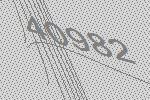
40982